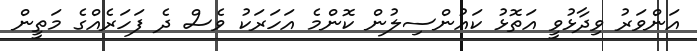
އަންވަރު ވިދާޅުވީ އަތޮޅު ކައުންސިލުން ކޮންމެ އަހަރަކު ވެސް ދެ ފަހަރެއްގެ މަތީން